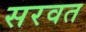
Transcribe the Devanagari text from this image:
सरवत